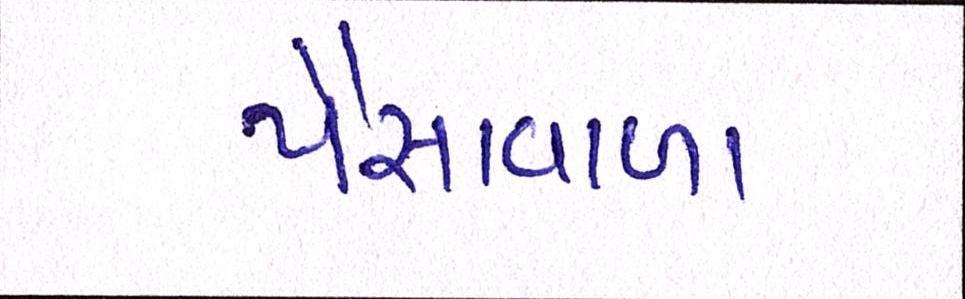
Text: પૈસાવાળા